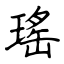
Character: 瑤